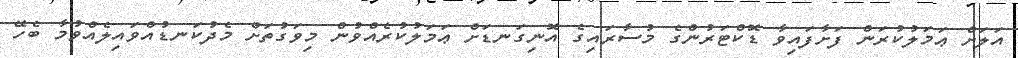
އަލަށް ޢަމަލުކުރަން ފަށާފައިވާ ޑޮކްޓަރުންގެ މުސާރައިގެ އޮނިގަނޑަށް ޢަމަލުކުރެއްވުން މިވަގުތަށް މެދުކަނޑުއްވައިލެއްވުމާ ބެހޭ